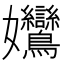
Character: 𡤻